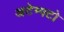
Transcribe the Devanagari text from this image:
अटेम्पटो